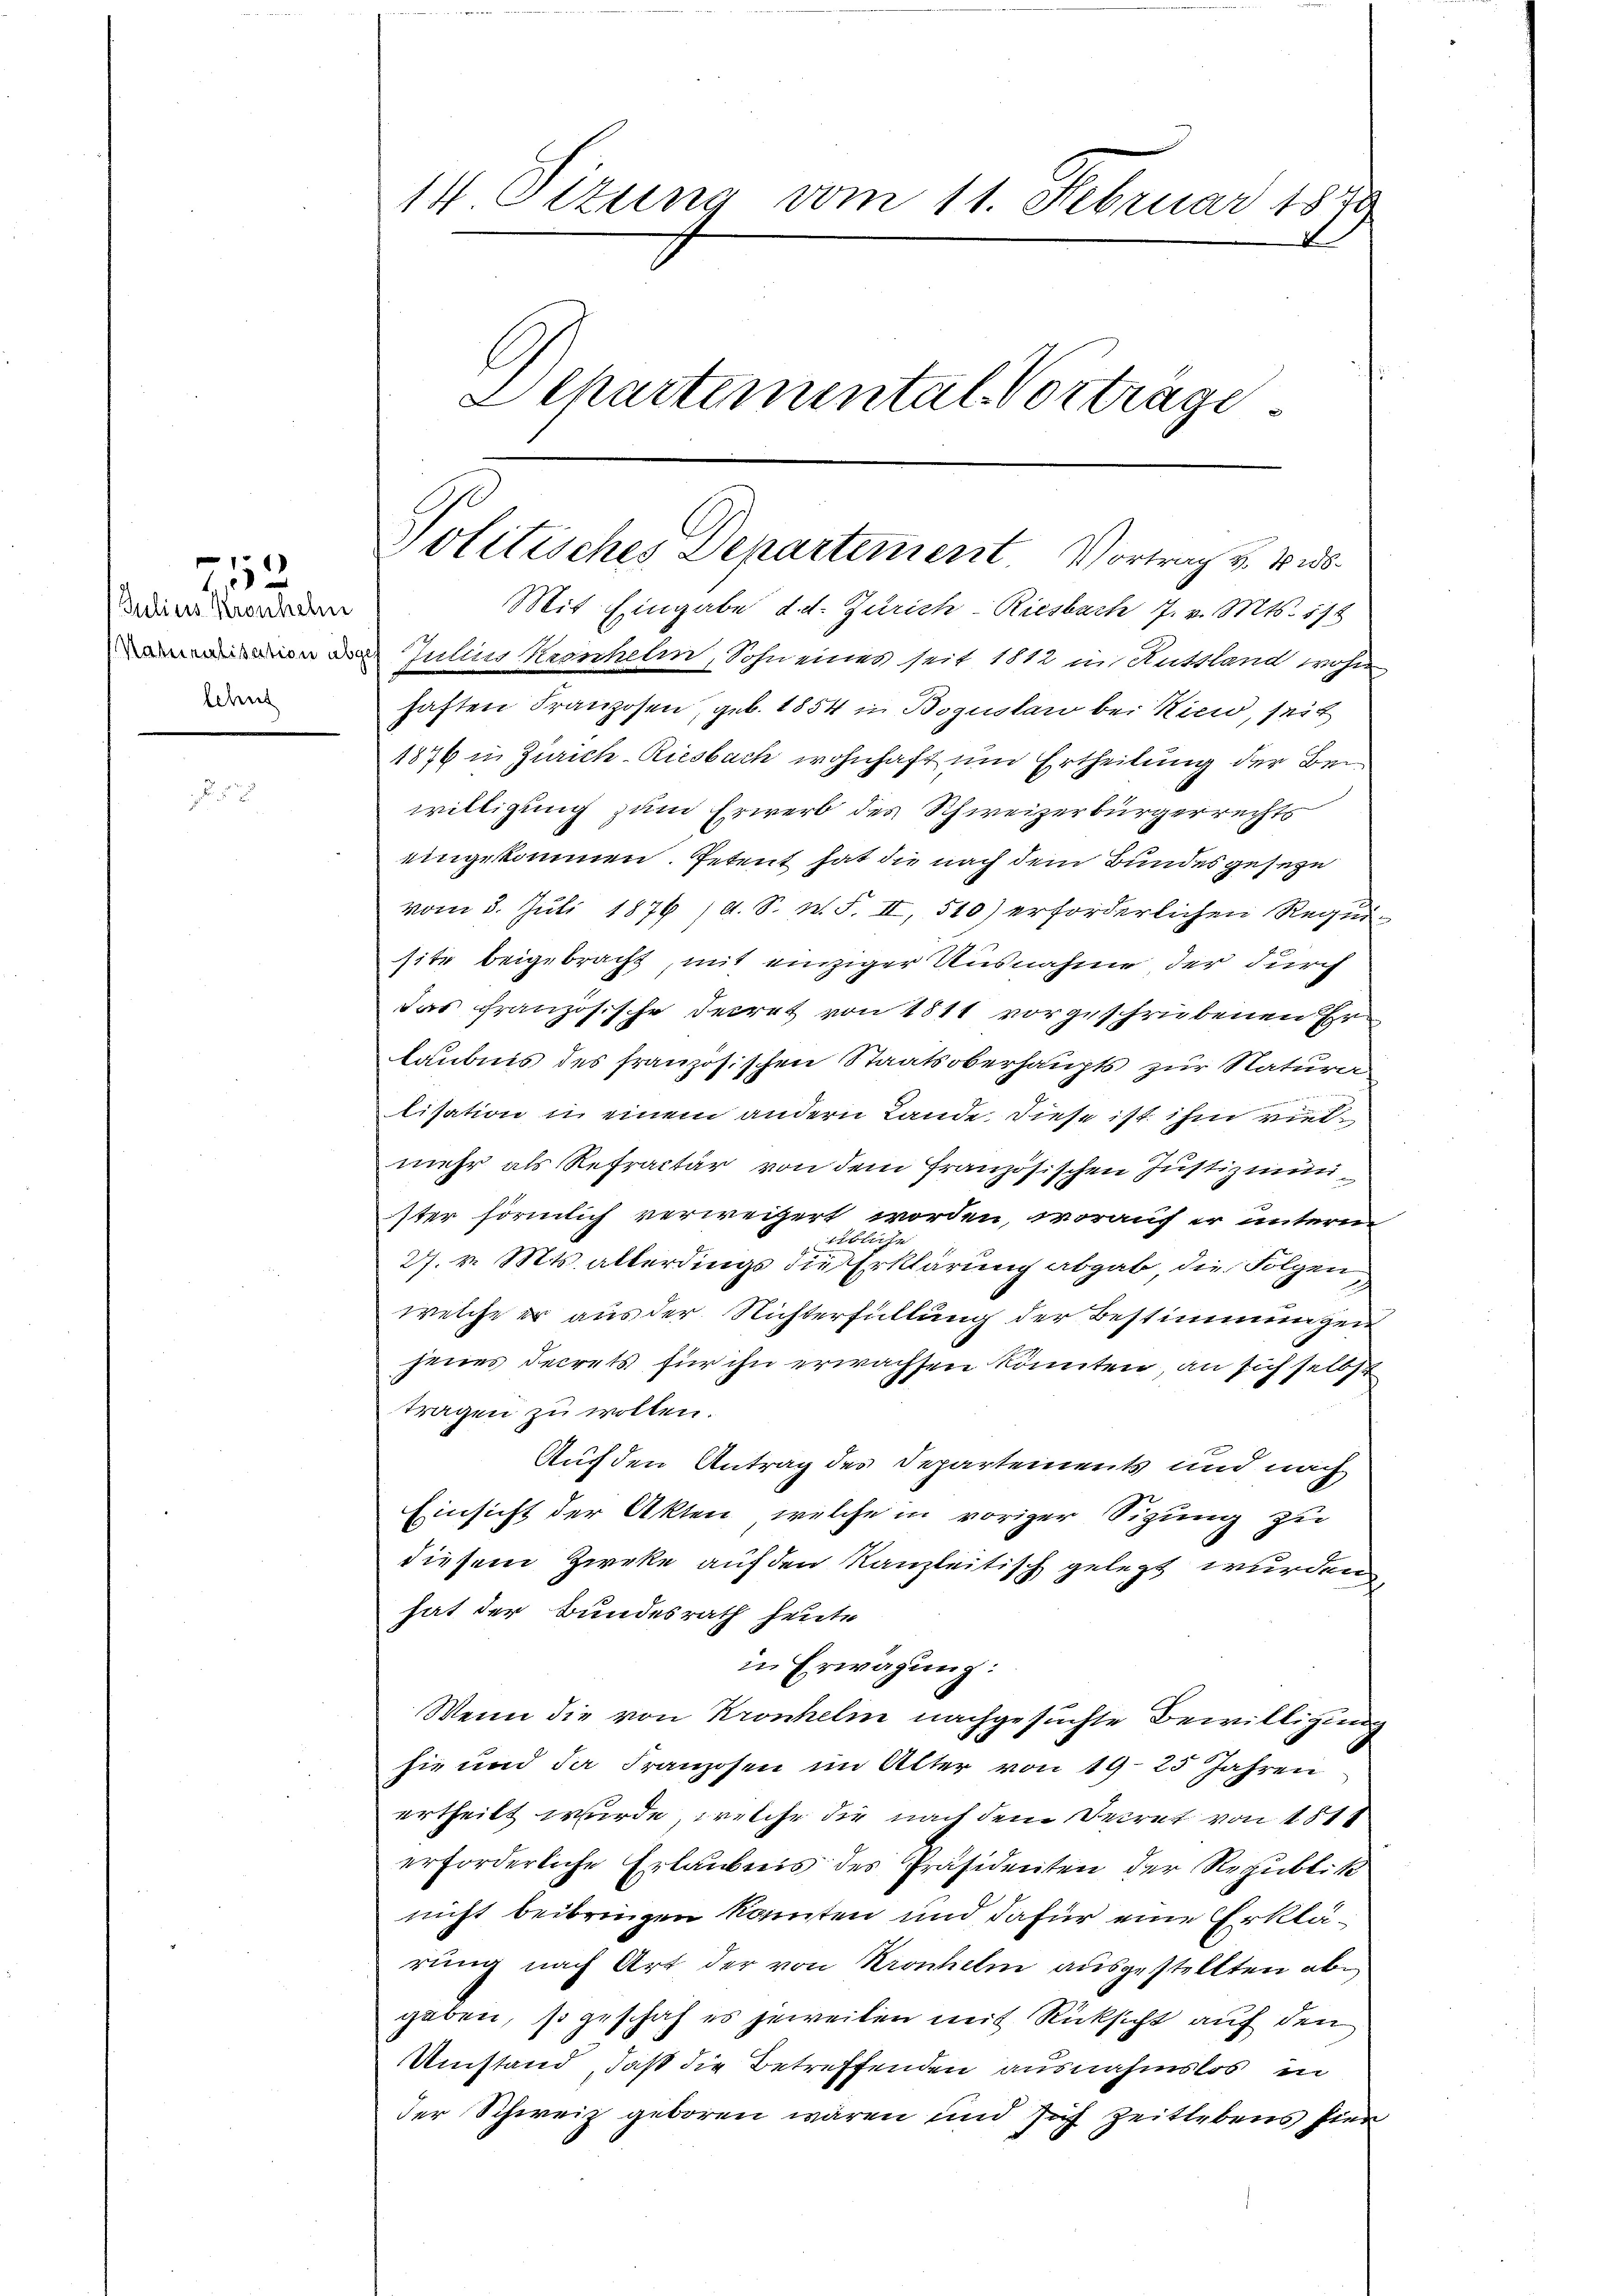
deser Parten
lehnt

52

14 Sizung vom 11. Februar 1890
Dehartemental Vorträge

Politisches Departement. Vortrag v. 4. ds.

Mit Eingabe d. d. Zürich - Riesbach 7. v. Mts. 178
d Julius Kronheln, Sohn eines seit 1812 in Anttland wohn
haften Franzosen, geb. 1854 in Boguslaw bei Ricio, seit
1876 in Zürich-Riesbach wohnhaft um Ertheilung der Bewilligung zum Erwerb des Schweizerbürgerrechts
eingekommen. Petent hat die nach dem Bundesgesegn
vom 3. Juli 1876 /d. S. n. F. II, 510) erforderlichen Requisite beigebracht, mit einziger Ausnahme der durch
das französische Decret von 1811 vorgeschriebenen Er
laubnis des französischen Staatsoberhaupts zur Natura
tisation in einem andern Lande diese ist ihm vielmehr als Refractur von dem französischen Justizminister förmlich verweigert worden, worauf er unteren
übliche
27. v. Mts. allerdings die Erklärung abgab, die Folgen
welche er aus der Nichterfüllung der Bestimmungen
jenes Decrets für ihn erwachsen könnten, an sich selbst
tragen zu wollen.
Auf den Antrag des Departements und nach
Einsicht der Akten, welche in voriger Sizung zu
diesem Zweke auf den Kanzleitisch gelegt wurden,
hat der Bundesrath heute
in Erwägung:
Wenn die von Kronhelm nachgesuchte Bewilligung
sie und da Franzosen im Alter von 1925 Jahren
ertheilt wurde, welche die nach dem Decret von 1811
erforderliche Erlaubnis des Präsidenten der Republik
nicht beibringen konnten und dafür eine Erklärung nach Art der von Kronhelm ausgestellten abgaben, so geschah es jeweilen mit Rücksicht auf den
Umstand, daß die Betreffenden ausnahmslos in
der Schweiz geboren wären und sich zeitlebens hier